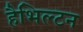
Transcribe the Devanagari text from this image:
हैभिल्टन